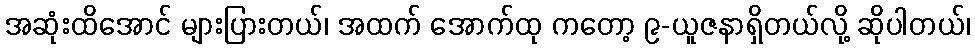
အဆုံးထိအောင် များပြားတယ်၊ အထက် အောက်ထု ကတော့ ၉-ယူဇနာရှိတယ်လို့ ဆိုပါတယ်၊